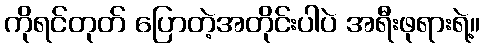
ကိုရင်တုတ် ပြောတဲ့အတိုင်းပါပဲ အရီးဖုရားရဲ့။